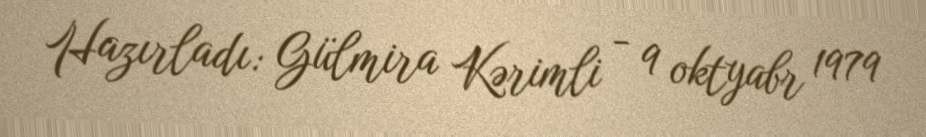
Hazırladı: Gülmira Kərimli - 9 oktyabr 1979